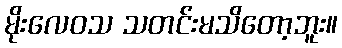
မိုးလေဝသ သတင်းမသိတော့ဘူး။